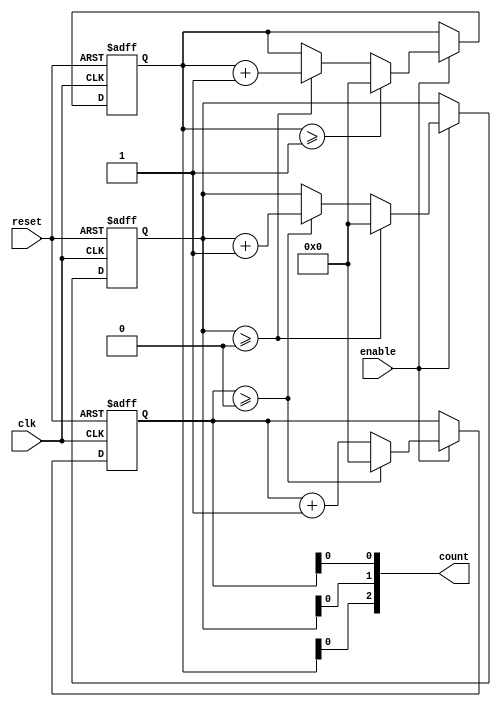
module mixed_radix_counter #(
    parameter NUM_DIGITS = 3, // Number of digits in the counter
    parameter [NUM_DIGITS*4-1:0] RADIXES = {4'd10, 4'd6, 4'd4} // Radix for each digit
)(
    input wire clk,           // Clock input
    input wire reset,         // Reset input
    input wire enable,        // Enable input
    output reg [NUM_DIGITS-1:0] count // Current count value
);

    // Internal register to hold the current count for each digit
    reg [3:0] digit [0:NUM_DIGITS-1]; // Each digit can hold a maximum of 4 bits (up to radix 15)
    
    integer i;

    // Initialize the counter
    initial begin
        for (i = 0; i < NUM_DIGITS; i = i + 1) begin
            digit[i] = 0;
        end
    end

    // Counting mechanism
    always @(posedge clk or posedge reset) begin
        if (reset) begin
            // Reset all digits to zero
            for (i = 0; i < NUM_DIGITS; i = i + 1) begin
                digit[i] <= 0;
            end
        end else if (enable) begin
            // Increment the least significant digit
            digit[0] <= digit[0] + 1;

            // Handle carry for each digit
            for (i = 0; i < NUM_DIGITS; i = i + 1) begin
                if (digit[i] >= RADIXES[i]) begin
                    digit[i] <= 0; // Reset current digit
                    if (i < NUM_DIGITS - 1) begin
                        digit[i + 1] <= digit[i + 1] + 1; // Increment next significant digit
                    end
                end
            end
        end
    end

    // Assign the output count based on the digits
    always @(*) begin
        count = 0; // Initialize count
        for (i = 0; i < NUM_DIGITS; i = i + 1) begin
            count[i] = digit[i];
        end
    end

endmodule